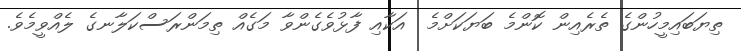
ތިޔަބައިމީހުންގެ ތެރެއިން ކޮންމެ ބަޔަކަށްމެ  އަކާއި ފާޅުވެގެންވާ މަގެއް ތިމަންރަސްކަލާނގެ ލެއްވީމެވެ.